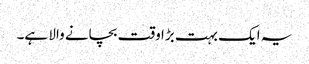
یہ ایک بہت بڑا وقت بچانے والا ہے۔